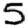
Digit: 5